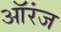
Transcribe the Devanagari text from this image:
ऑरंज